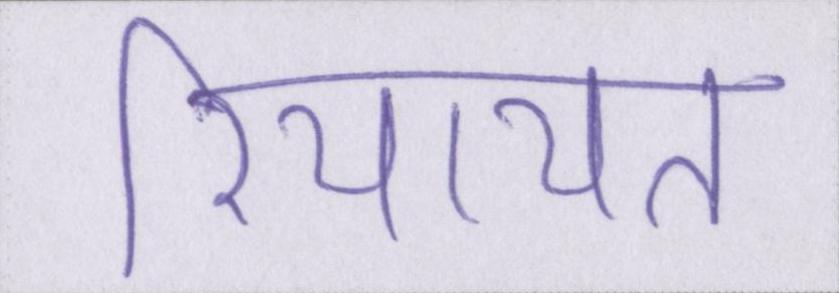
रियायत